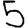
Digit: 5